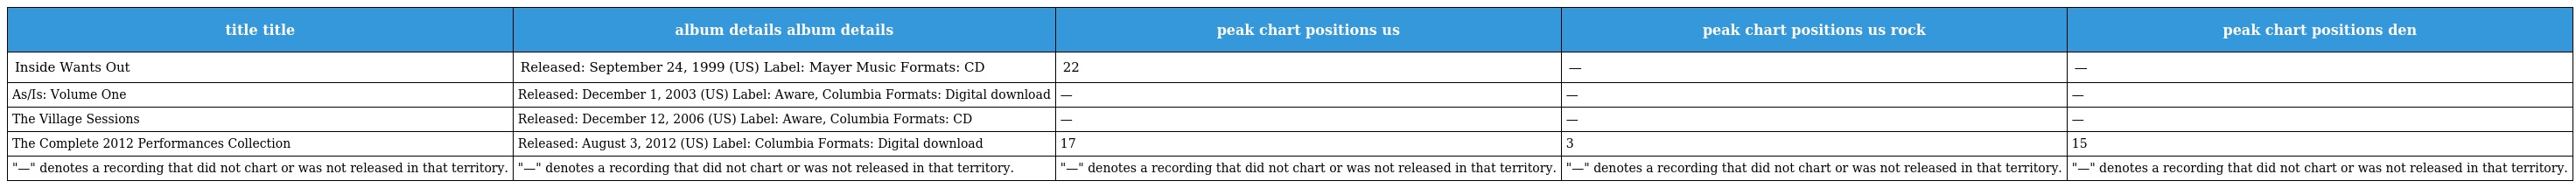
| title title | album details album details | peak chart positions us | peak chart positions us rock | peak chart positions den |
 | --- | --- | --- | --- | --- |
 | Inside Wants Out | Released: September 24, 1999 (US) Label: Mayer Music Formats: CD | 22 | — | — |
 | As/Is: Volume One | Released: December 1, 2003 (US) Label: Aware, Columbia Formats: Digital download | — | — | — |
 | The Village Sessions | Released: December 12, 2006 (US) Label: Aware, Columbia Formats: CD | — | — | — |
 | The Complete 2012 Performances Collection | Released: August 3, 2012 (US) Label: Columbia Formats: Digital download | 17 | 3 | 15 |
 | "—" denotes a recording that did not chart or was not released in that territory. | "—" denotes a recording that did not chart or was not released in that territory. | "—" denotes a recording that did not chart or was not released in that territory. | "—" denotes a recording that did not chart or was not released in that territory. | "—" denotes a recording that did not chart or was not released in that territory. |